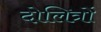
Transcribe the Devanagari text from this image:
दोलित्रों